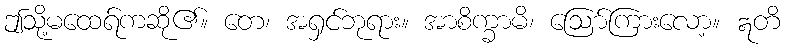
ဤသို့မထေရ်ကဆို၏။ တေ၊ အရှင်ဘုရား။ အာစိက္ခာမိ၊ ဩော်ကြားလော့။ ဣတိ